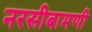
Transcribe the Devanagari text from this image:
नरसीबामणी